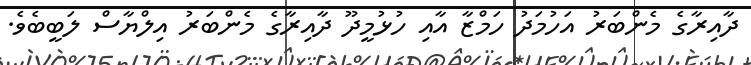
ދާއިރާގެ މެންބަރު އަހުމަދު ހަމްޒާ އާއި ހުޅުމީދޫ ދާއިރާގެ މެންބަރު އިލްޔާސް ލަބީބެވެ.